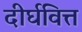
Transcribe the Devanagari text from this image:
दीर्घवित्त